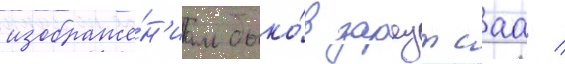
изображе́н'иам быко́в зараутсаа /